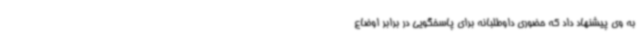
به وی پیشنهاد داد که حضوری داوطلبانه برای پاسخگویی در برابر اوضاع